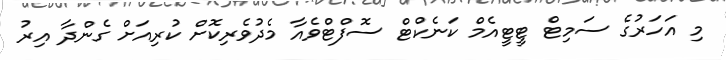
މި އަހަރުގެ ސަމިޓް ޓީޓީއެމް ކަނެކްޓް ސޮފްޓްވެއާ މެދުވެރިކޮށް ކުރިއަށް ގެންދާ އިރު